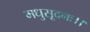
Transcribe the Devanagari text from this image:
मधुसूदनः।।